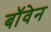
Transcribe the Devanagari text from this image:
बॉवेन